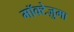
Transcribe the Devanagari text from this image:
मॉक्टेज़ुमा